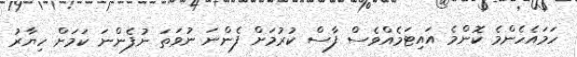
ހަމައެހެންމެ ކޮންމެ އައިޓަމެއްވެސް ފާސް ކުރުމަށް ފެންނަ ނުވަތަ ނުފެންނަ ކަމަށް ހިޔާރު